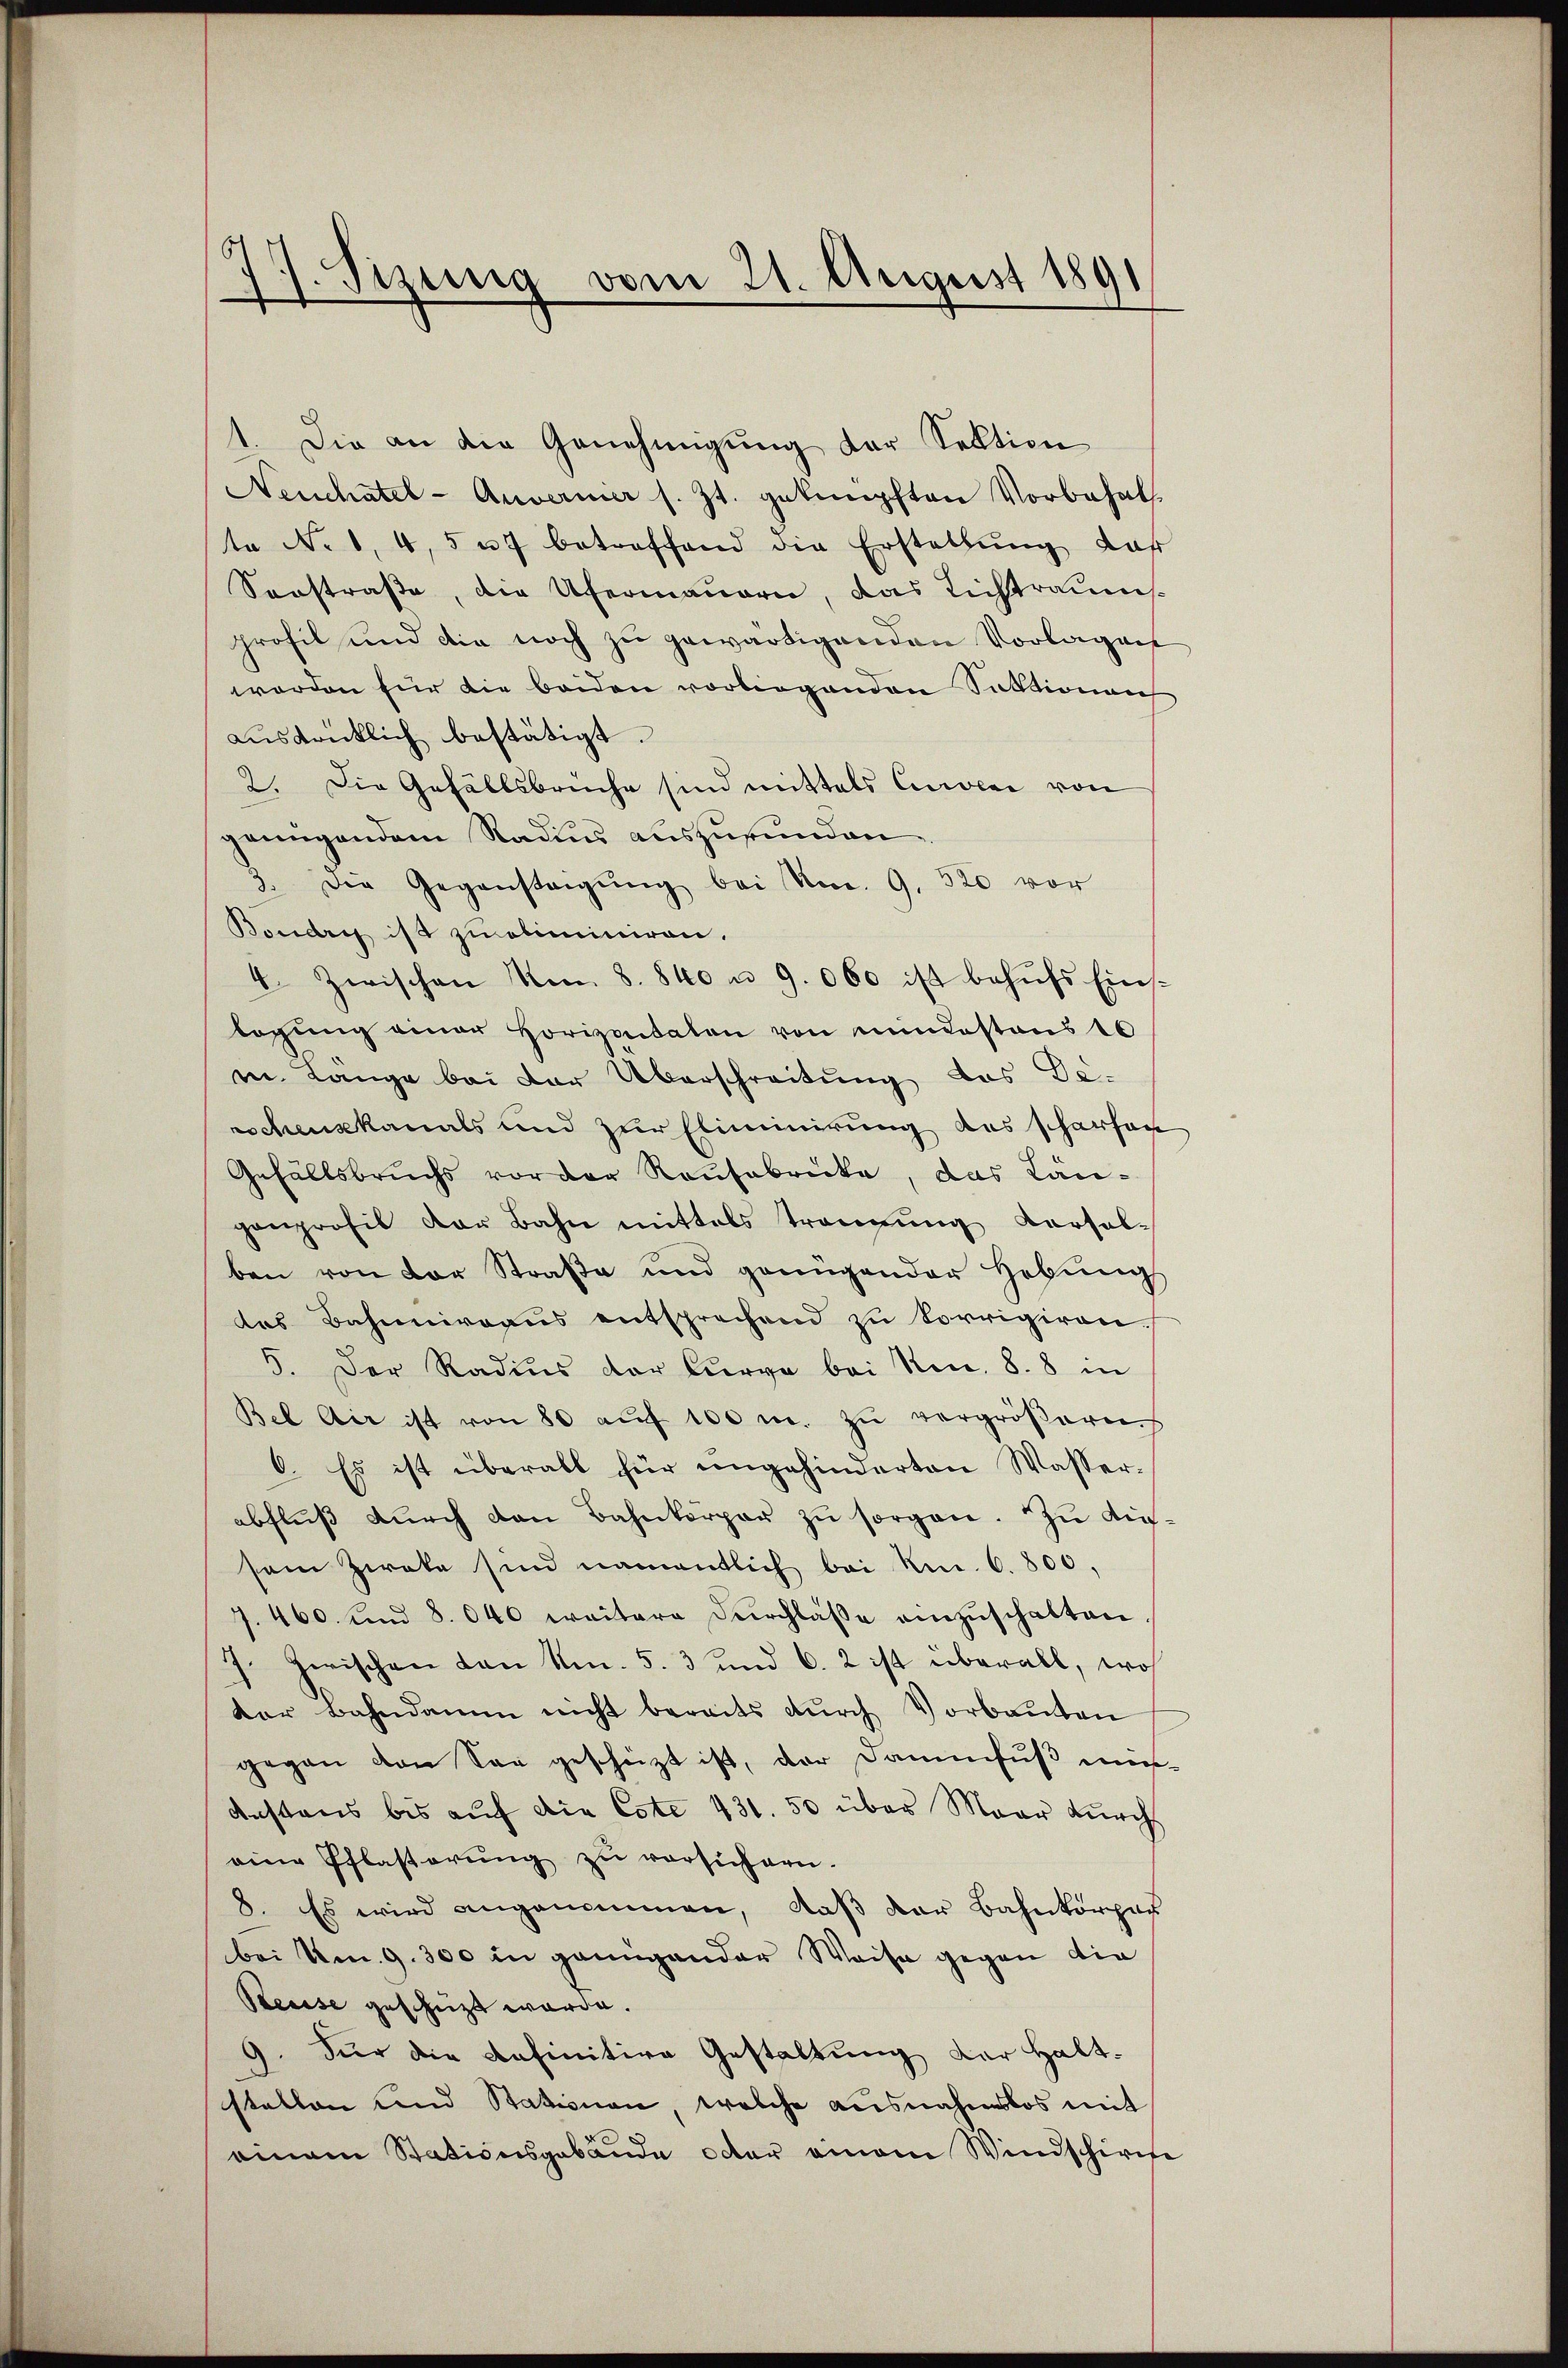
J. Sizung vom 21. August 1891

1. Die an die Genehmigung der Sektion
Neuchatel-Auverner s. Zt. geknüpften Vorbehalte No 1, 4, 5 uf betreffend die Erstellŭng dar
Sonstraße, die Ufermauern, das Lichtraumsprofil und die noch zu gewärtigenden Vorlagen
worden für die beiden vorliegenden Saktionen
aŭsdrücklich bestätigt.
2. Die Gefällsbrüche sind mittels Curcar von
genügendem Stadius auszurunden
3. Die Gegenstagŭng bei No. 9. 520 vor
Boudry ist zu eliminiren.
4. Zwischen No. 8. 840 n 9. 060 ist behŭfs Einslagung einer Horizontalen von mindestens 10
mn. Lange bei der Überschreitung das De-
rschenskanals und zur Eliminirung des scharfen
Gefällsbruchs vor der Raufabricke, das Längenprofil der Bahn mittels trangŭng versal-
ben von der Straße und grungender Hebung
das Bahnniveaus entsprechend zu korrigiren.
5. Der Radius der Curve bei No. 8. 8 in
Bel Air ist von 80 aŭf 100 m. zu vergrößeren
6. Es ist überall für angehinderten Wasserabfluß durch den Bahnkörper zu sorgen. Zu diesem Zweke sind namentlich bei kn. 6. 800,
7. 460. und 8. 640 weitere Durchlaße einzuschalten
J. Zwischen von Nr. 5. 3 und 6. 2 ist überall, woh
der Bahndamme nicht bereits dŭrch Vorbaŭten
gegen den San geschüzt ist, der Dammfuß müß¬
Anstaus bis auf die Cste 431. 50 über Maar durch
eine Pflasterŭng zu versichern.
8. Es wird angenommen, daß der Bahnkorpor
bei Am 9.300 in genugander Weise gegen die
Reuise geschüzt werde.
9. Für die definitive Gestaltung der Haltstellen und Stationen, welche ausnahmslos mit
einem Stationsgebäude oder amon Windschirche